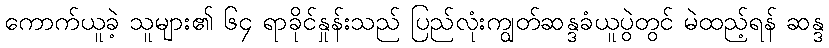
ကောက်ယူခဲ့ သူများ၏ ၆၄ ရာခိုင်နှုန်းသည် ပြည်လုံးကျွတ်ဆန္ဒခံယူပွဲတွင် မဲထည့်ရန် ဆန္ဒ